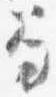
笏